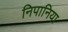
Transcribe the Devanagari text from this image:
निपानिया